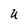
Character: U